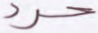
حرد